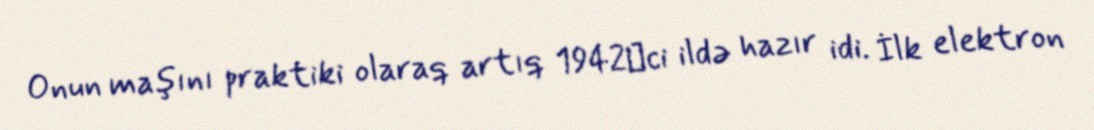
Onun maşını praktiki olaraq artıq 1942‐ci ildə hazır idi. İlk elektron